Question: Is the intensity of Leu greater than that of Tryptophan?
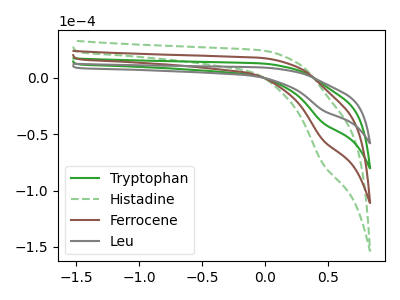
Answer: <think>The green curve "Tryptophan" has a cathodic peak at: (0.45V, -39.90uA). The green dashed curve "Histadine" has a cathodic peak at: (0.45V, -119.65uA). The brown curve "Ferrocene" has a cathodic peak at: (0.45V, -79.75uA). The gray curve "Leu" has a cathodic peak at: (0.45V, -28.85uA).
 All the peaks in "Leu" have a peak in "Tryptophan" at the same potential. Every peak in "Leu" is lower than every peak in "Tryptophan".</think>
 <answer>"Leu" has less signal than "Tryptophan".</answer>
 <eval>less_signal</eval>